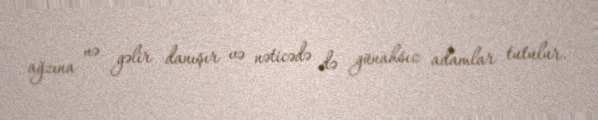
ağzına nə gəlir danışır və nəticədə də günahsız adamlar tutulur.